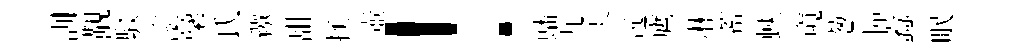
訓覯駁滚稾氏繳甜拯壺！蟠丸美远鷹淋蓄蛺窺葱憧蠧眠